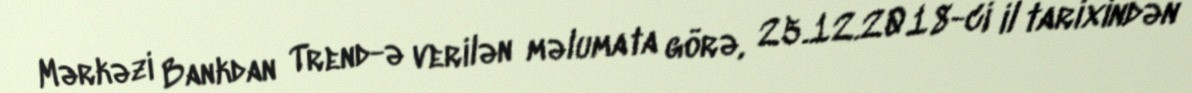
Mərkəzi Bankdan Trend-ə verilən məlumata görə, 25.12.2018-ci il tarixindən